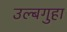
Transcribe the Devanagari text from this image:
उल्बगुहा